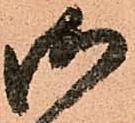
御